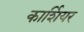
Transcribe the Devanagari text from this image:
कार्शियर